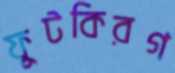
ফুটকিরগ